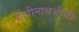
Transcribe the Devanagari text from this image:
गोपीनाथजींची